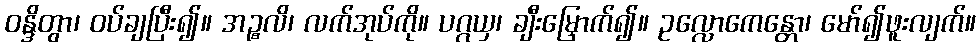
ဝန္ဒိတွာ၊ ဝပ်ချပြီး၍။ အဉ္စလိ၊ လက်အုပ်ကို။ ပဂ္ဂယှ၊ ချီးမြှောက်၍။ ဥလ္လောကေန္တော၊ မော်၍ဖူးလျက်။